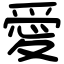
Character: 愛